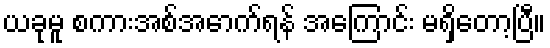
ယခုမူ စကားအစ်အောက်ရန် အကြောင်း မရှိတော့ပြီ။